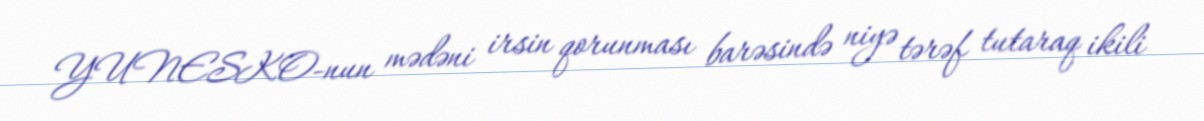
YUNESKO-nun mədəni irsin qorunması barəsində niyə tərəf tutaraq ikili